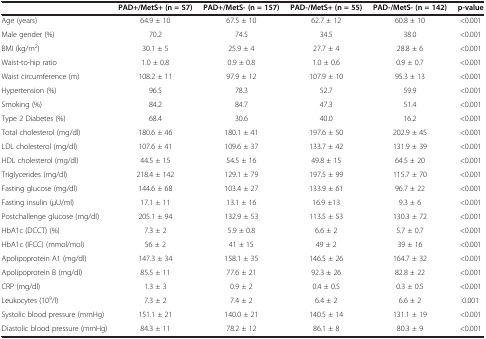
<table><thead><tr><td><b> </b></td><td><b>PAD+/MetS+ (n = 57)</b></td><td><b>PAD+/MetS- (n = 157)</b></td><td><b>PAD-/MetS+ (n = 55)</b></td><td><b>PAD-/MetS- (n = 142)</b></td><td><b>p-value</b></td></tr></thead><tbody><tr><td>Age (years)</td><td>64.9 ± 10</td><td>67.5 ± 10</td><td>62.7 ± 12</td><td>60.8 ± 10</td><td>&lt;0.001</td></tr><tr><td>Male gender (%)</td><td>70.2</td><td>74.5</td><td>34.5</td><td>38.0</td><td>&lt;0.001</td></tr><tr><td>BMI (kg/m<sup>2</sup>)</td><td>30.1 ± 5</td><td>25.9 ± 4</td><td>27.7 ± 4</td><td>28.8 ± 6</td><td>&lt;0.001</td></tr><tr><td>Waist-to-hip ratio</td><td>1.0 ± 0.8</td><td>0.9 ± 0.8</td><td>1.0 ± 0.6</td><td>0.9 ± 0.7</td><td>&lt;0.001</td></tr><tr><td>Waist circumference (m)</td><td>108.2 ± 11</td><td>97.9 ± 12</td><td>107.9 ± 10</td><td>95.3 ± 13</td><td>&lt;0.001</td></tr><tr><td>Hypertension (%)</td><td>96.5</td><td>78.3</td><td>52.7</td><td>59.9</td><td>&lt;0.001</td></tr><tr><td>Smoking (%)</td><td>84.2</td><td>84.7</td><td>47.3</td><td>51.4</td><td>&lt;0.001</td></tr><tr><td>Type 2 Diabetes (%)</td><td>68.4</td><td>30.6</td><td>40.0</td><td>16.2</td><td>&lt;0.001</td></tr><tr><td>Total cholesterol (mg/dl)</td><td>180.6 ± 46</td><td>180.1 ± 41</td><td>197.6 ± 50</td><td>202.9 ± 45</td><td>&lt;0.001</td></tr><tr><td>LDL cholesterol (mg/dl)</td><td>107.6 ± 41</td><td>109.6 ± 37</td><td>133.7 ± 42</td><td>131.9 ± 39</td><td>&lt;0.001</td></tr><tr><td>HDL cholesterol (mg/dl)</td><td>44.5 ± 15</td><td>54.5 ± 16</td><td>49.8 ± 15</td><td>64.5 ± 20</td><td>&lt;0.001</td></tr><tr><td>Triglycerides (mg/dl)</td><td>218.4 ± 142</td><td>129.1 ± 79</td><td>197.5 ± 99</td><td>115.7 ± 70</td><td>&lt;0.001</td></tr><tr><td>Fasting glucose (mg/dl)</td><td>144.6 ± 68</td><td>103.4 ± 27</td><td>133.9 ± 61</td><td>96.7 ± 22</td><td>&lt;0.001</td></tr><tr><td>Fasting insulin (μU/ml)</td><td>17.1 ± 11</td><td>13.1 ± 16</td><td>16.9 ±13</td><td>9.3 ± 6</td><td>&lt;0.001</td></tr><tr><td>Postchallenge glucose (mg/dl)</td><td>205.1 ± 94</td><td>132.9 ± 53</td><td>113.5 ± 53</td><td>130.3 ± 72</td><td>&lt;0.001</td></tr><tr><td>HbA1c (DCCT) (%)</td><td>7.3 ± 2</td><td>5.9 ± 0.8</td><td>6.6 ± 2</td><td>5.7 ± 0.7</td><td>&lt;0.001</td></tr><tr><td>HbA1c (IFCC) (mmol/mol)</td><td>56 ± 2</td><td>41 ± 15</td><td>49 ± 2</td><td>39 ± 16</td><td>&lt;0.001</td></tr><tr><td>Apolipoprotein A1 (mg/dl)</td><td>147.3 ± 34</td><td>158.1 ± 35</td><td>146.5 ± 26</td><td>164.7 ± 32</td><td>&lt;0.001</td></tr><tr><td>Apolipoprotein B (mg/dl)</td><td>85.5 ± 11</td><td>77.6 ± 21</td><td>92.3 ± 26</td><td>82.8 ± 22</td><td>&lt;0.001</td></tr><tr><td>CRP (mg/dl)</td><td>1.3 ± 3</td><td>0.9 ± 2</td><td>0.4 ± 0.5</td><td>0.3 ± 0.5</td><td>&lt;0.001</td></tr><tr><td>Leukocytes (10<sup>9</sup>/l)</td><td>7.3 ± 2</td><td>7.4 ± 2</td><td>6.4 ± 2</td><td>6.6 ± 2</td><td>0.001</td></tr><tr><td>Systolic blood pressure (mmHg)</td><td>151.1 ± 21</td><td>140.0 ± 21</td><td>140.5 ± 14</td><td>131.1 ± 19</td><td>&lt;0.001</td></tr><tr><td>Diastolic blood pressure (mmHg)</td><td>84.3 ± 11</td><td>78.2 ± 12</td><td>86.1 ± 8</td><td>80.3 ± 9</td><td>&lt;0.001</td></tr></tbody></table>